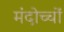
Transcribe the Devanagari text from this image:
मंदोच्चों